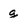
Character: g